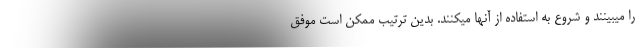
را میبینند و شروع به استفاده از آنها میکنند. بدین ترتیب ممکن است موفق